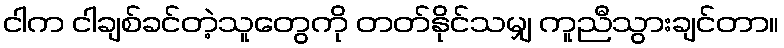
ငါက ငါချစ်ခင်တဲ့သူတွေကို တတ်နိုင်သမျှ ကူညီသွားချင်တာ။